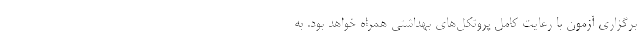
برگزاری آزمون با رعایت کامل پروتکل‌های بهداشتی همراه خواهد بود. به